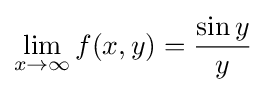
\lim _{x\to \infty }f(x,y)={\frac {\sin y}{y}}